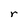
Character: r